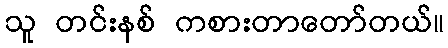
သူ တင်းနစ် ကစားတာတော်တယ်။